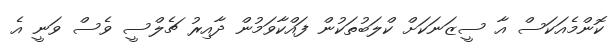
ކޮންމެއަކަސް އާ ސީޒަނަކަށް ކްލަބުތަކުން ފައްކާވަމުން ދާއިރު ޗެލްސީ ވެސް ވަނީ އެ